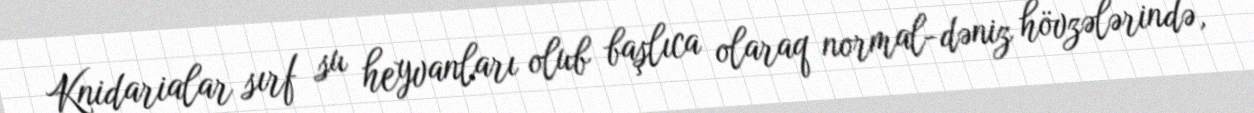
Knidarialar sırf su heyvanları olub başlıca olaraq normal-dəniz hövzələrində,